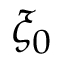
\xi _ { 0 }